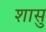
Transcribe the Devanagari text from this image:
शासु